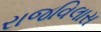
રાજવિલાસ